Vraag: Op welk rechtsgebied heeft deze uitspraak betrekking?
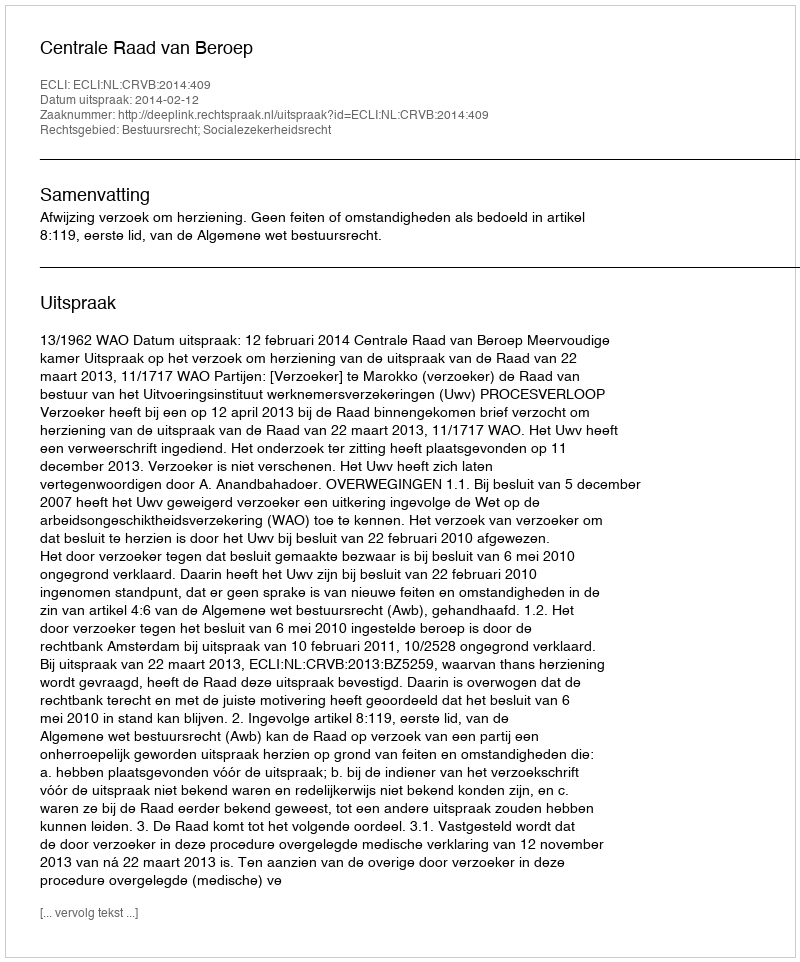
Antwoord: Bestuursrecht; Socialezekerheidsrecht